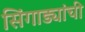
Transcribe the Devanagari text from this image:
सिंगाड्यांची